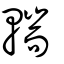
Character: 輲